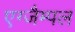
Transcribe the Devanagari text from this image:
एग्जैम्पल